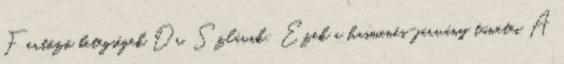
Fertőző betegségek Dr. Szlávik: Ezek a hasmenés-járvány tünetei A